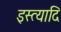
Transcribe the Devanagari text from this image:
इस्त्यादि